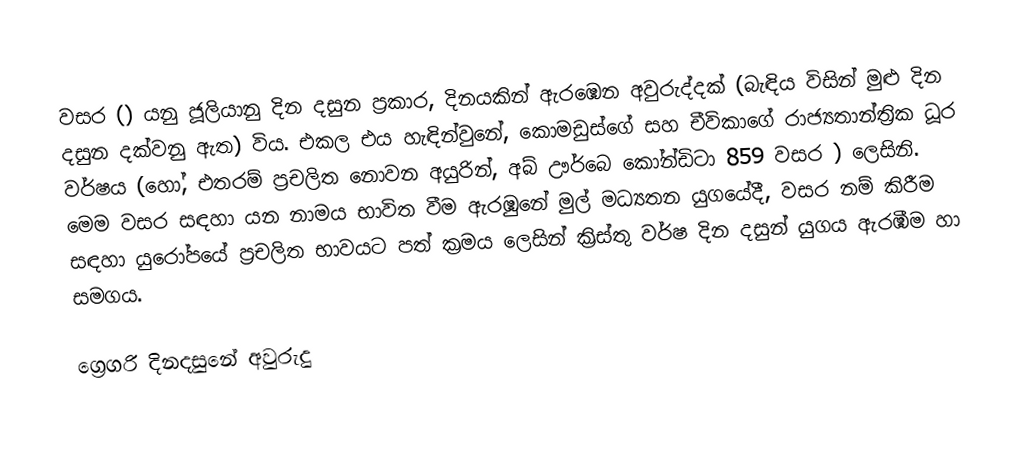

වසර   () යනු  ජූලියානු දින දසුන ප්‍රකාර,    දිනයකින් ඇරඹෙන  අවුරුද්දක්   (බැඳිය විසින් මුළු දින දසුන දක්වනු ඇත)  විය. එකල එය හැඳින්වුනේ, 	කොමඩුස්ගේ	 සහ 	චීවිකාගේ	  රාජ්‍යතාන්ත්‍රික  ධූර වර්ෂය  (හෝ, එතරම් ප්‍රචලිත නොවන අයුරින්,  අබ් ඌර්බෙ කෝන්ඩිටා 	859	  වසර  ) ලෙසිනි. මෙම වසර සඳහා   යන නාමය භාවිත වීම ඇරඹුනේ මුල් මධ්‍යතන යුගයේදී, වසර නම් කිරීම සඳහා යුරෝපයේ ප්‍රචලිත භාවයට පත් ක්‍රමය ලෙසින් ක්‍රිස්තු වර්ෂ දින දසුන් යුගය ඇරඹීම හා සමගය.

ග්‍රෙගරි දිනදසුනේ අවුරුදු